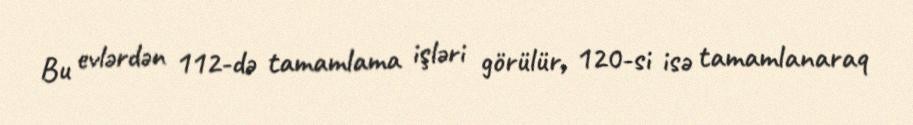
Bu evlərdən 112-də tamamlama işləri görülür, 120-si isə tamamlanaraq